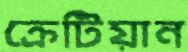
ক্রেটিয়ান